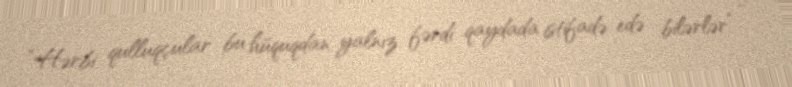
“Hərbi qulluqçular bu hüquqdan yalnız fərdi qaydada istifadə edə bilərlər” -